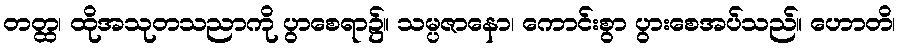
တတ္ထ၊ ထိုအသုတသညာကို ပွာစေရာ၌။ သမ္ပဇာနော၊ ကောင်းစွာ ပွားစေအပ်သည်။ ဟောတိ၊